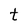
Character: t